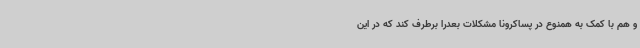
و هم با کمک به همنوع در پساکرونا مشکلات بعدرا برطرف کند که در این